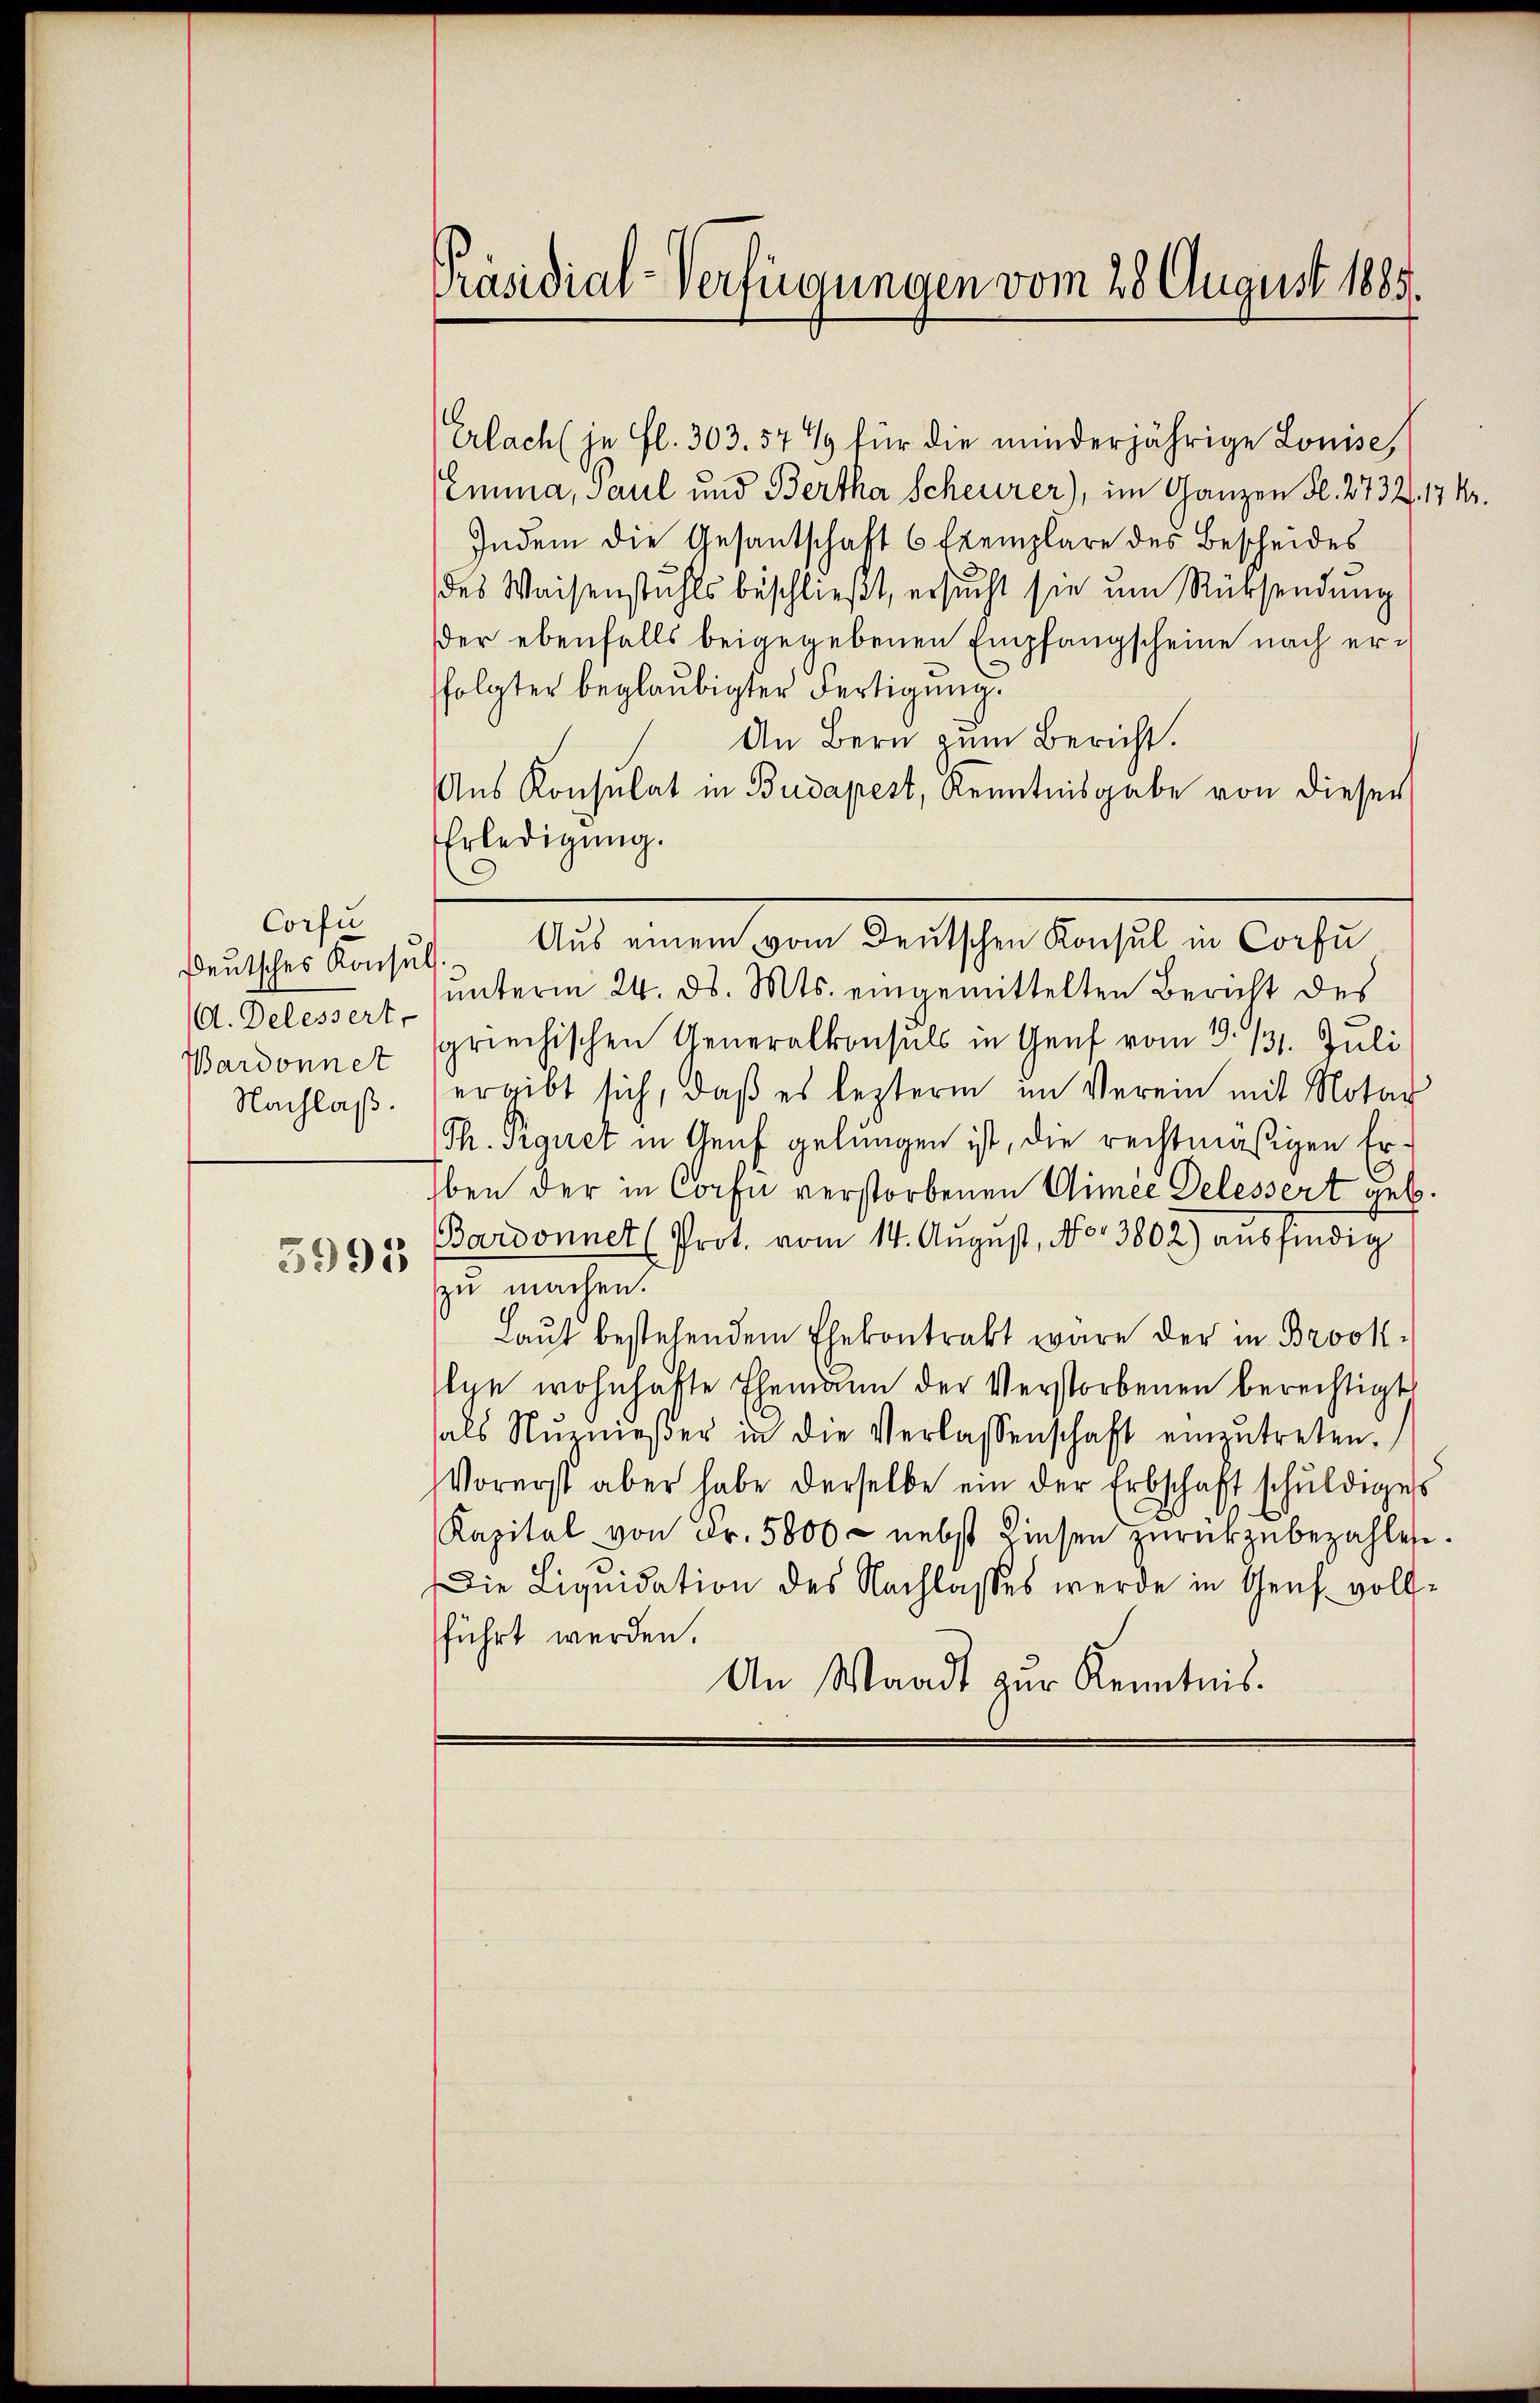
Corfu
Deutsches Konsuls.
d. Delessert,
Bardonnet
Nachlaß.

5995

Präsidial-Verfügungen vom 28 August 1885.

Erlach je fl. 303. 571 für die minderjährige Louise,
Emma, Paul und Bertha Scheurer), im Ganzen Fl. 2732, 174.
Indem die Gesantschaft 6 Exemplare des Bescheides
des Waisenstuhls beschlieβt, ersucht sie um Rücksendung
der ebenfalls beigegebenen Empfangscheine nach erfolgter beglaubigter Fertigung.
An Bern zum Bericht.
Aus Konsulat in Budapest, Kenntnisgabe von dieser
Erledigung.
unterm 24. ds. Mts. eingemittelten Bericht des
sgriechischen Generalkonsuls in Genf vom 3. 131. Juli
ergibt sich, daß es lezterm im Verein mit Notar
Th. Signet in Genf gelungen ist, die rechtmäßigen Er-
Eben der in Confi verstorbenen Gimee Delessert geb.
Bardonnet (Prot. vom 14. August, No. 3802) ausfindig
zu machen.
Laut bestehendem Ehekontrakt wäre der in Brook-
lge wohnhafte Ehemann der Verstorbenen berechtigt
hals Nŭrnießer in die Verlassenschaft einzŭtreten.
Vorerst aber habe derselbe ein der Erbschaft schŭldiges
Kapital von Fr. 5800 - nebst diesen zŭrückzŭbezahlen.
Die Liquidation des Nachlasses werde in Genf vollführt werden.
An Waadt zur Kenntnis.

Aus einem vom Deutschen Konsul in Corpu